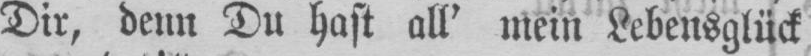
Dir, denn Du hast all’ mein Lebensglück